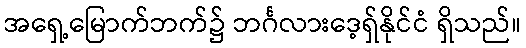
အရှေ့မြောက်ဘက်၌ ဘင်္ဂလားဒေ့ရှ်နိုင်ငံ ရှိသည်။